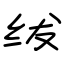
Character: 绂